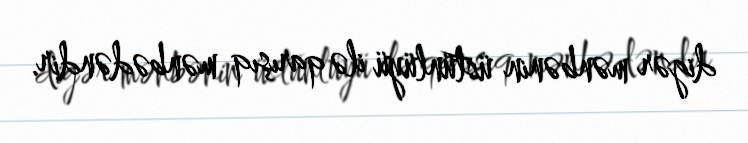
digər mənbənin üstünlüyü ilə qarışıq mənbədəndir.